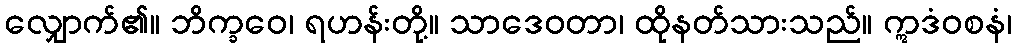
လျှောက်၏။ ဘိက္ခဝေ၊ ရဟန်းတို့။ သာဒေဝတာ၊ ထိုနတ်သားသည်။ ဣဒံဝစနံ၊